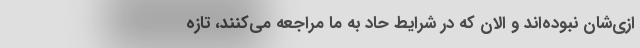
ازی‌شان نبوده‌اند و الان که در شرایط حاد به ما مراجعه می‌کنند، تازه